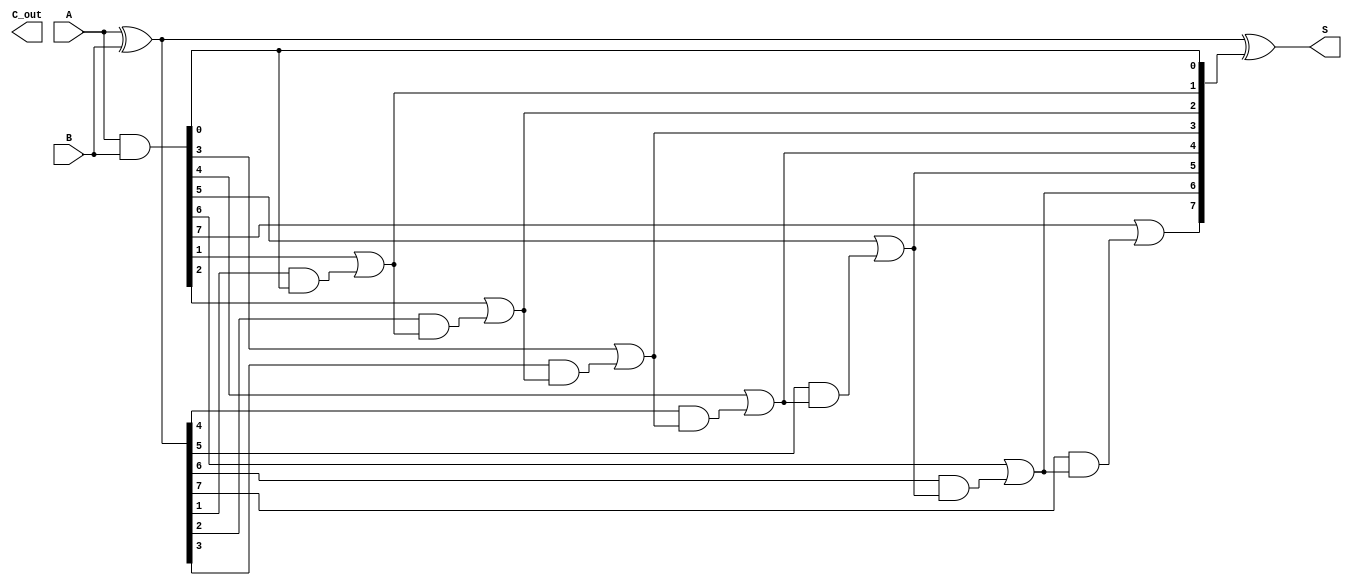
module CSPA #(parameter n = 8) (
    input  [n-1:0] A,      // First operand
    input  [n-1:0] B,      // Second operand
    output [n-1:0] S,      // Sum output
    output        C_out     // Carry out
);

    // Generate and Propagate signals
    wire [n-1:0] G; // Generate
    wire [n-1:0] P; // Propagate
    wire [n:0] C;    // Carry signals

    // Generate and Propagate calculations
    assign G = A & B;          // Generate
    assign P = A ^ B;          // Propagate

    // Carry generation using a prefix tree
    genvar i;
    generate
        for (i = 0; i < n; i = i + 1) begin : carry_gen
            if (i == 0) begin
                assign C[i] = G[i]; // C[0] is just G[0]
            end else begin
                assign C[i] = G[i] | (P[i] & C[i-1]); // C[i] = G[i] + P[i] * C[i-1]
            end
        end
    endgenerate

    // Sum calculation
    assign S = A ^ B ^ C[n-1:0]; // S[i] = A[i] ^ B[i] ^ C[i-1]

    // Final carry out
    assign C_out = C[n]; // C_out is the last carry

endmodule